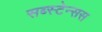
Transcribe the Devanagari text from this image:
सब्स्टेन्सस